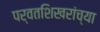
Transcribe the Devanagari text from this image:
पर्वतशिखरांच्या